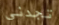
تجدني